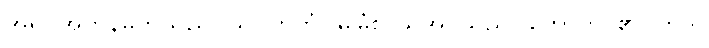
အရုပ်အတုနိမိတ်သည်။ သုဂ္ဂဟိတံ၊ မြဲမြံစွာယူအပ်သည်။ ဟောတိ၊ ၏။ ကဒါ၊